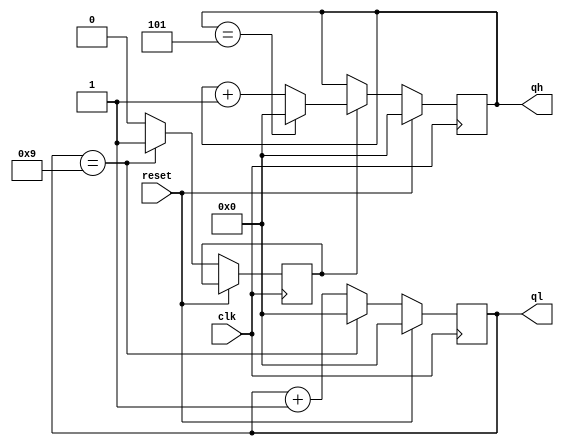
module JSQ(clk,qh,ql,reset);
input clk,reset;
output[3:0]qh,ql;
reg m;
reg [3:0] qh,ql;

always@ (posedge clk)

begin
if(reset ==1)
begin
ql <= 4'd0;
end
else if (ql == 4'd9)
begin
ql <= 4'd0;
m<= 1;
end
else
begin
 
 ql <= ql+1;
 m<=0;
 end
 end

 
always @(posedge clk) begin
if(reset ==1)
qh <= 4'd0;
    
 else if(m)
        if (qh == 4'd5) begin
            qh <= 4'd0;
            
        end
        else
        qh <= qh+1;
    end
    
endmodule